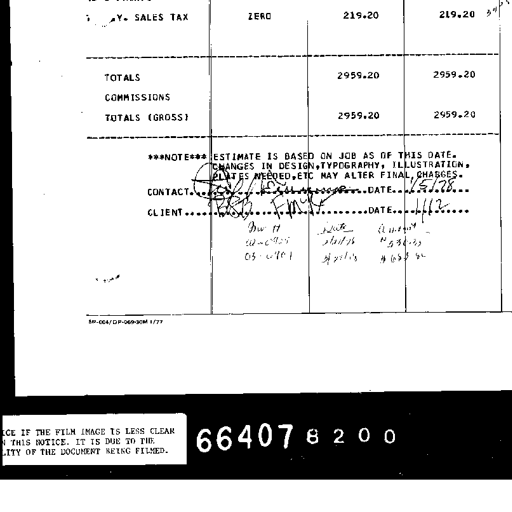
N. Y. SALES TAX ZERO 219.20 219.20 3%
TOTALS 2959.20 2959.20
COMMISSIONS
TOTALS (GROSS) 2959.20 2959.20
***NOTE*** ESTIMATE IS BASED ON JOB AS OF THIS DATE.
CHANGES IN DESIGN, TYPOGRAPHY, ILLUSTRATION,
PLATES NEEDED, ETC MAY ALTER FINAL CHARGES.
CONTACT. E. Esserman DATE. 1/5/78
CLIENT. BB FMK DATE. 1/12
Dw 17 Date Amount
02-0925 2/21/78 #536-23
03-0704 3/21/78 #65$ 32
SP-004/OP-069-30M 1/77
NOTICE IF THE FILM IMAGE IS LESS CLEAR
THAN THIS NOTICE. IT IS DUE TO THE
QUALITY OF THE DOCUMENT BEING FILMED.
66407 8 2 0 0